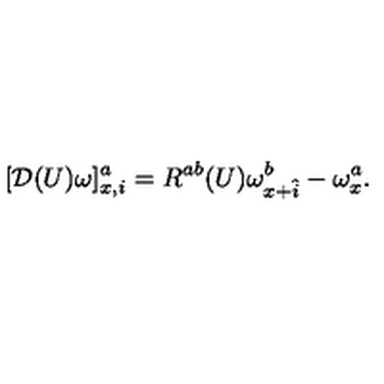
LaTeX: [ { \cal D } ( U ) \omega ] _ { x , i } ^ { a } = R ^ { a b } ( U ) \omega _ { x + \hat { i } } ^ { b } - \omega _ { x } ^ { a } .